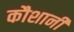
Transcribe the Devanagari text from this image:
कौशानी